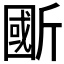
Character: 𣂽